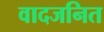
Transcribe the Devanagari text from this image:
वादजनित